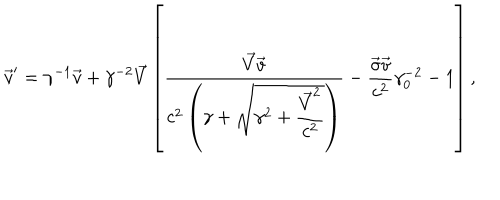
LaTeX: { \vec { v } } ^ { \prime } = \gamma ^ { - 1 } \vec { v } + \gamma ^ { - 2 } \vec { V } \left[ \displaystyle \frac { \vec { V } \vec { v } } { c ^ { 2 } \left( \gamma + \sqrt { \gamma ^ { 2 } + \displaystyle \frac { \vec { V } ^ { 2 } } { c ^ { 2 } } } \right) } - \frac { \vec { \sigma } \vec { v } } { c ^ { 2 } } \gamma _ { 0 } ^ { - 2 } - 1 \right] ,